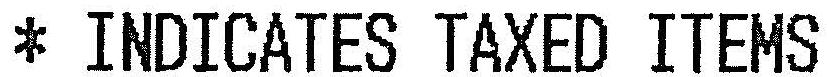
* INDICATES TAXED ITEMS